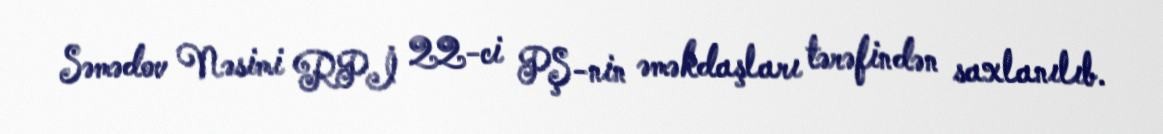
Səmədov Nəsimi RPİ 22-ci PŞ-nin əməkdaşları tərəfindən saxlanılıb.